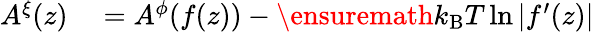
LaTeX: \begin{array}{rl}{A^{\xi}(z)}&{{}=A^{\phi}(f(z))-\ensuremath{k_{\mathrm{B}}}T\ln|f^{\prime}(z)|}\end{array}